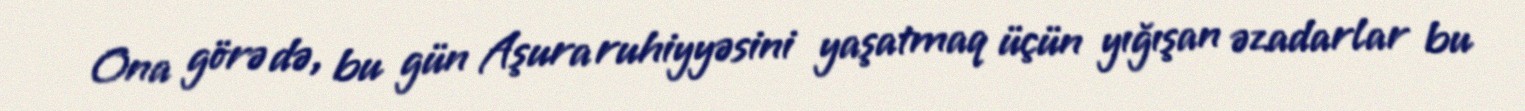
Ona görə də, bu gün Aşura ruhiyyəsini yaşatmaq üçün yığışan əzadarlar bu